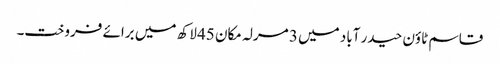
قاسم ٹاؤن حیدر آباد میں 3 مرلہ مکان 45 لاکھ میں برائے فروخت۔